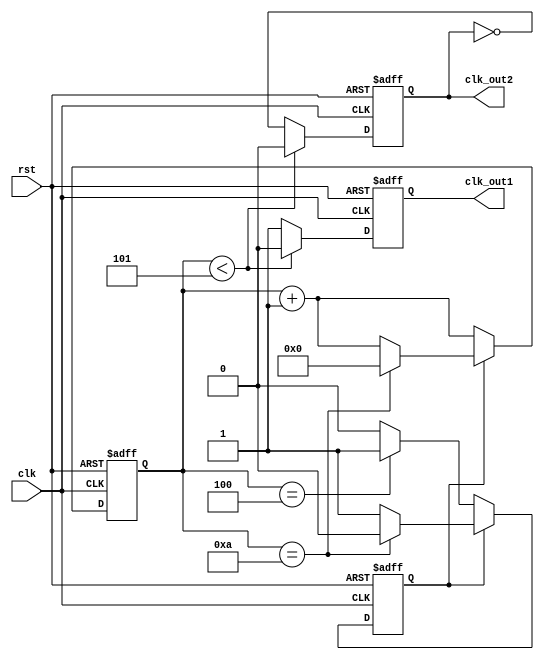
module dual_modulus_clock_divider (
    input wire clk,
    input wire rst,
    output reg clk_out1,
    output reg clk_out2
);

reg [4:0] count;
reg enable_divider;

always @ (posedge clk or posedge rst)
begin
    if (rst) begin
        count <= 5'b0;
        enable_divider <= 1'b0;
    end else begin
        if (enable_divider) begin
            if (count == 5'd10) begin
                count <= 5'b0;
                enable_divider <= 1'b0;
            end else begin
                count <= count + 1;
            end
        end else begin
            count <= count + 1;
            if (count == 5'd4) begin
                enable_divider <= 1'b1;
            end
        end
    end
end

always @ (posedge clk or posedge rst)
begin
    if (rst) begin
        clk_out1 <= 1'b0;
        clk_out2 <= 1'b0;
    end else begin
        clk_out1 <= (count < 5'd5) ? 1'b0 : 1'b1;
        clk_out2 <= (count < 5'd5) ? 1'b0 : ~clk_out2;
    end
end

endmodule